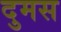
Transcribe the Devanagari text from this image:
दुमस